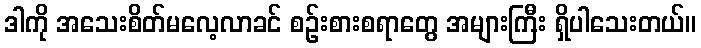
ဒါကို အသေးစိတ်မလေ့လာခင် စဉ်းစားစရာတွေ အများကြီး ရှိပါသေးတယ်။